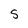
Character: S